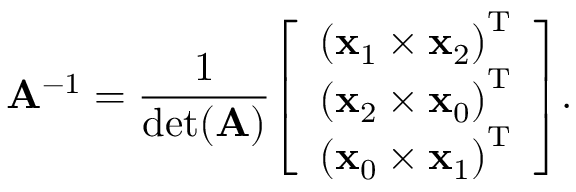
\mathbf { A } ^ { - 1 } = { \frac { 1 } { \operatorname* { d e t } ( \mathbf { A } ) } } { \left[ \begin{array} { l } { { ( \mathbf { x } _ { 1 } \times \mathbf { x } _ { 2 } ) } ^ { \mathrm { T } } } \\ { { ( \mathbf { x } _ { 2 } \times \mathbf { x } _ { 0 } ) } ^ { \mathrm { T } } } \\ { { ( \mathbf { x } _ { 0 } \times \mathbf { x } _ { 1 } ) } ^ { \mathrm { T } } } \end{array} \right] } .